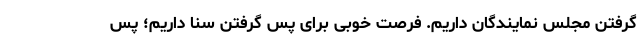
گرفتن مجلس نمایندگان داریم. فرصت خوبی برای پس گرفتن سنا داریم؛ پس